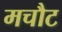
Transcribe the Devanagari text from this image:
मचौट